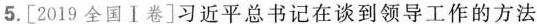
5.[2019全国Ⅰ卷]习近平总书记在谈到领导工作的方法